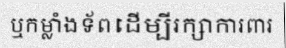
ឬកម្លាំងទ័ពដើម្បីរក្សាការពារ